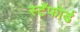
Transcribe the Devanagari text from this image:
स्टॅफोर्ड